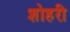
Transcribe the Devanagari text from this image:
शोहरी